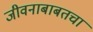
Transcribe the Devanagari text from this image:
जीवनाबाबतचा